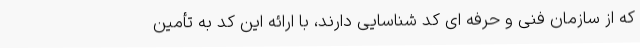
که از سازمان فنی و حرفه ای کد شناسایی دارند، با ارائه این کد به تأمین